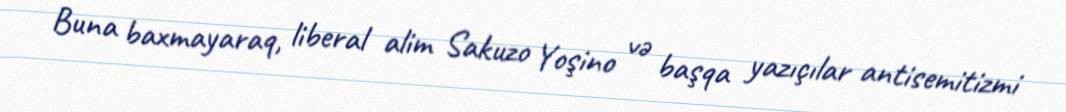
Buna baxmayaraq, liberal alim Sakuzo Yoşino və başqa yazıçılar antisemitizmi